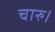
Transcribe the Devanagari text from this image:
चारु।